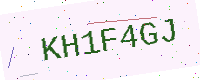
Text: KH1F4GJ